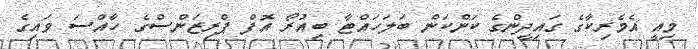
މިއީ އެމެރިކާގެ ގައިދީންގެ ކަންކަން ބަލަހައްޓާ ބިއުރޯ އޮފް ޕްރިޒަންސްގެ ހާއްސަ ވައިގެ